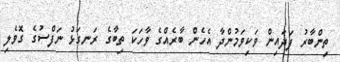
ތިންބާރު ފަދައިން ވަކިވަމުންދާ އެހެން ބާރެއްގެ ވާހަކަ ތިބާގެ ރަނގަޅު ނަފްސުގެ ގޮވެލި